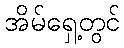
အိမ်ရှေ့တွင်